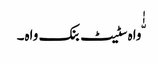
ّٰٰواہ سٹیٹ بنک واہ۔